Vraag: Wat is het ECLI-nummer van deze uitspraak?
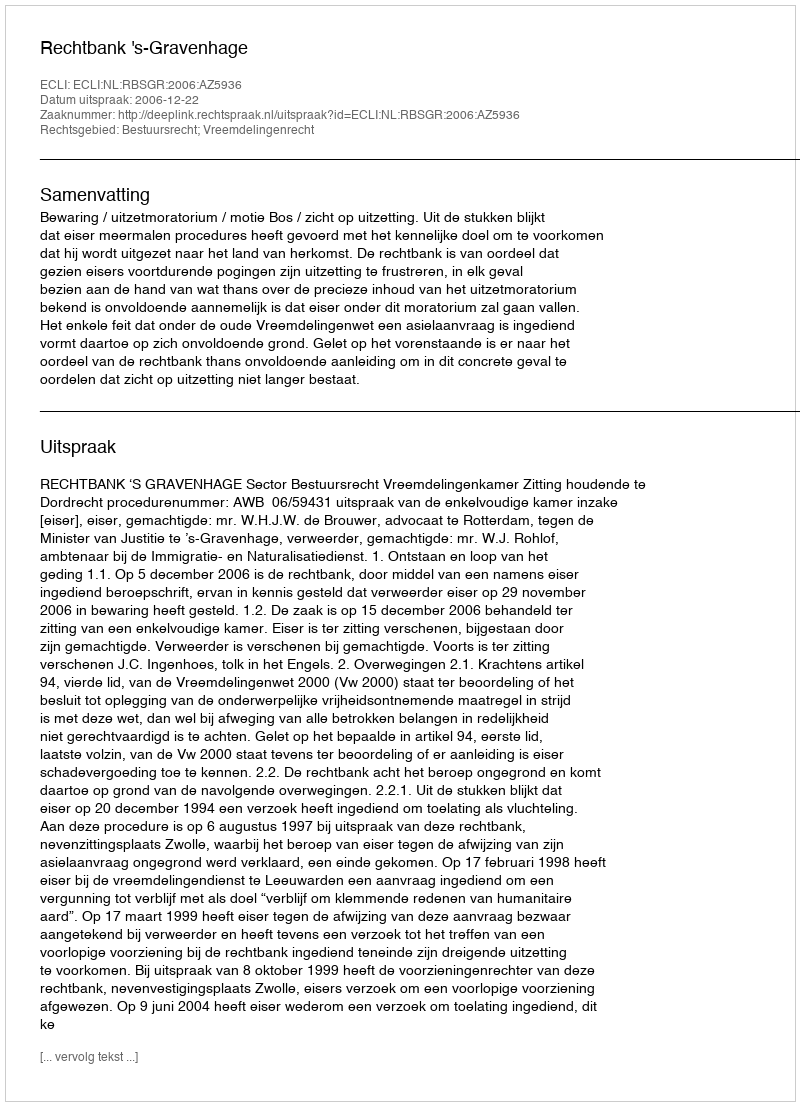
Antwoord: ECLI:NL:RBSGR:2006:AZ5936